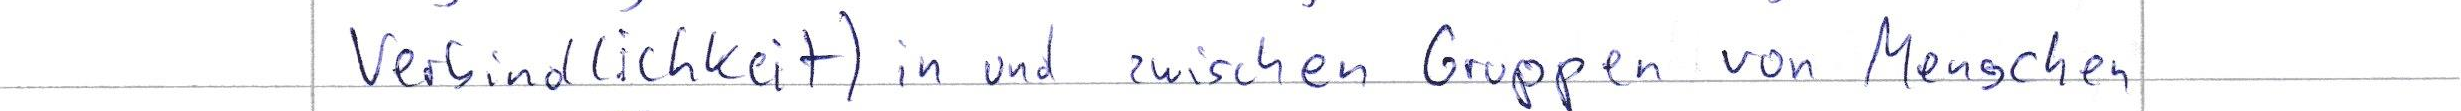
Verbindlichkeit) in und zwischen Gruppen von Menschen